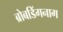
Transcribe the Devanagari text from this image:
ब्रोबडिंगनाग